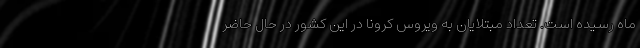
ماه رسیده است. تعداد مبتلایان به ویروس کرونا در این کشور در حال حاضر